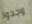
وجدوا